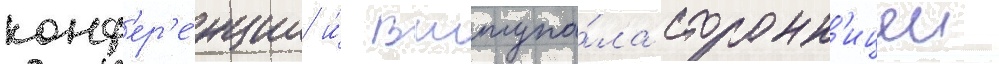
конф'ер'е́нции и́ выступа́ла сторонн'ицеи